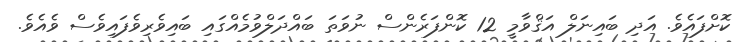
ކޮށްފައެވެ. އަދި ބައިނަލް އަޤްވާމީ 12 ކޮންފަރެންސް ނުވަތަ ބައްދަލްވުމެއްގައި ބައިވެރިވެފައިވެސް ވެއެވެ.